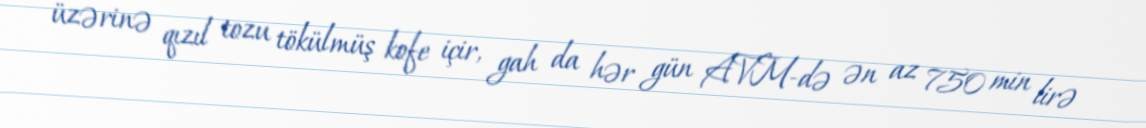
üzərinə qızıl tozu tökülmüş kofe içir, gah da hər gün AVM-də ən az 750 min lirə